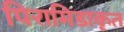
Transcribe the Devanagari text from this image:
पिरामिडाकृत